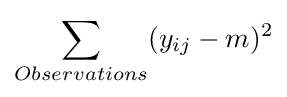
\sum _{Observations}(y_{ij}-m)^{2}